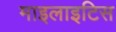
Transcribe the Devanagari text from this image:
माइलाइटिस